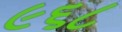
૯૬૮